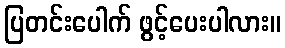
ပြတင်းပေါက် ဖွင့်ပေးပါလား။